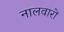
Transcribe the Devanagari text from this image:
नालवारों